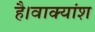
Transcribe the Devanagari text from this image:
है।वाक्यांश